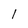
Character: l